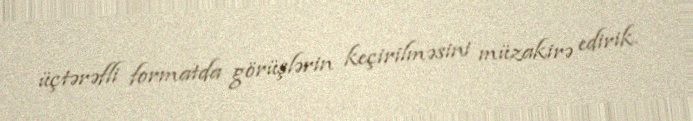
üçtərəfli formatda görüşlərin keçirilməsini müzakirə edirik.